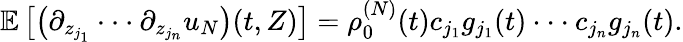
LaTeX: \begin{array}{r}{\mathbb{E}\left[\left(\partial_{z_{j_{1}}}\cdot\cdot\cdot\partial_{z_{j_{n}}}u_{N}\right)(t,Z)\right]=\rho_{0}^{(N)}(t)c_{j_{1}}g_{j_{1}}(t)\cdot\cdot\cdot c_{j_{n}}g_{j_{n}}(t).}\end{array}